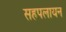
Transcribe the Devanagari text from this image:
सहपलायन